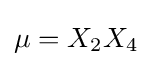
{\textstyle \mu =X_{2}X_{4}}